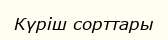
Күріш сорттары